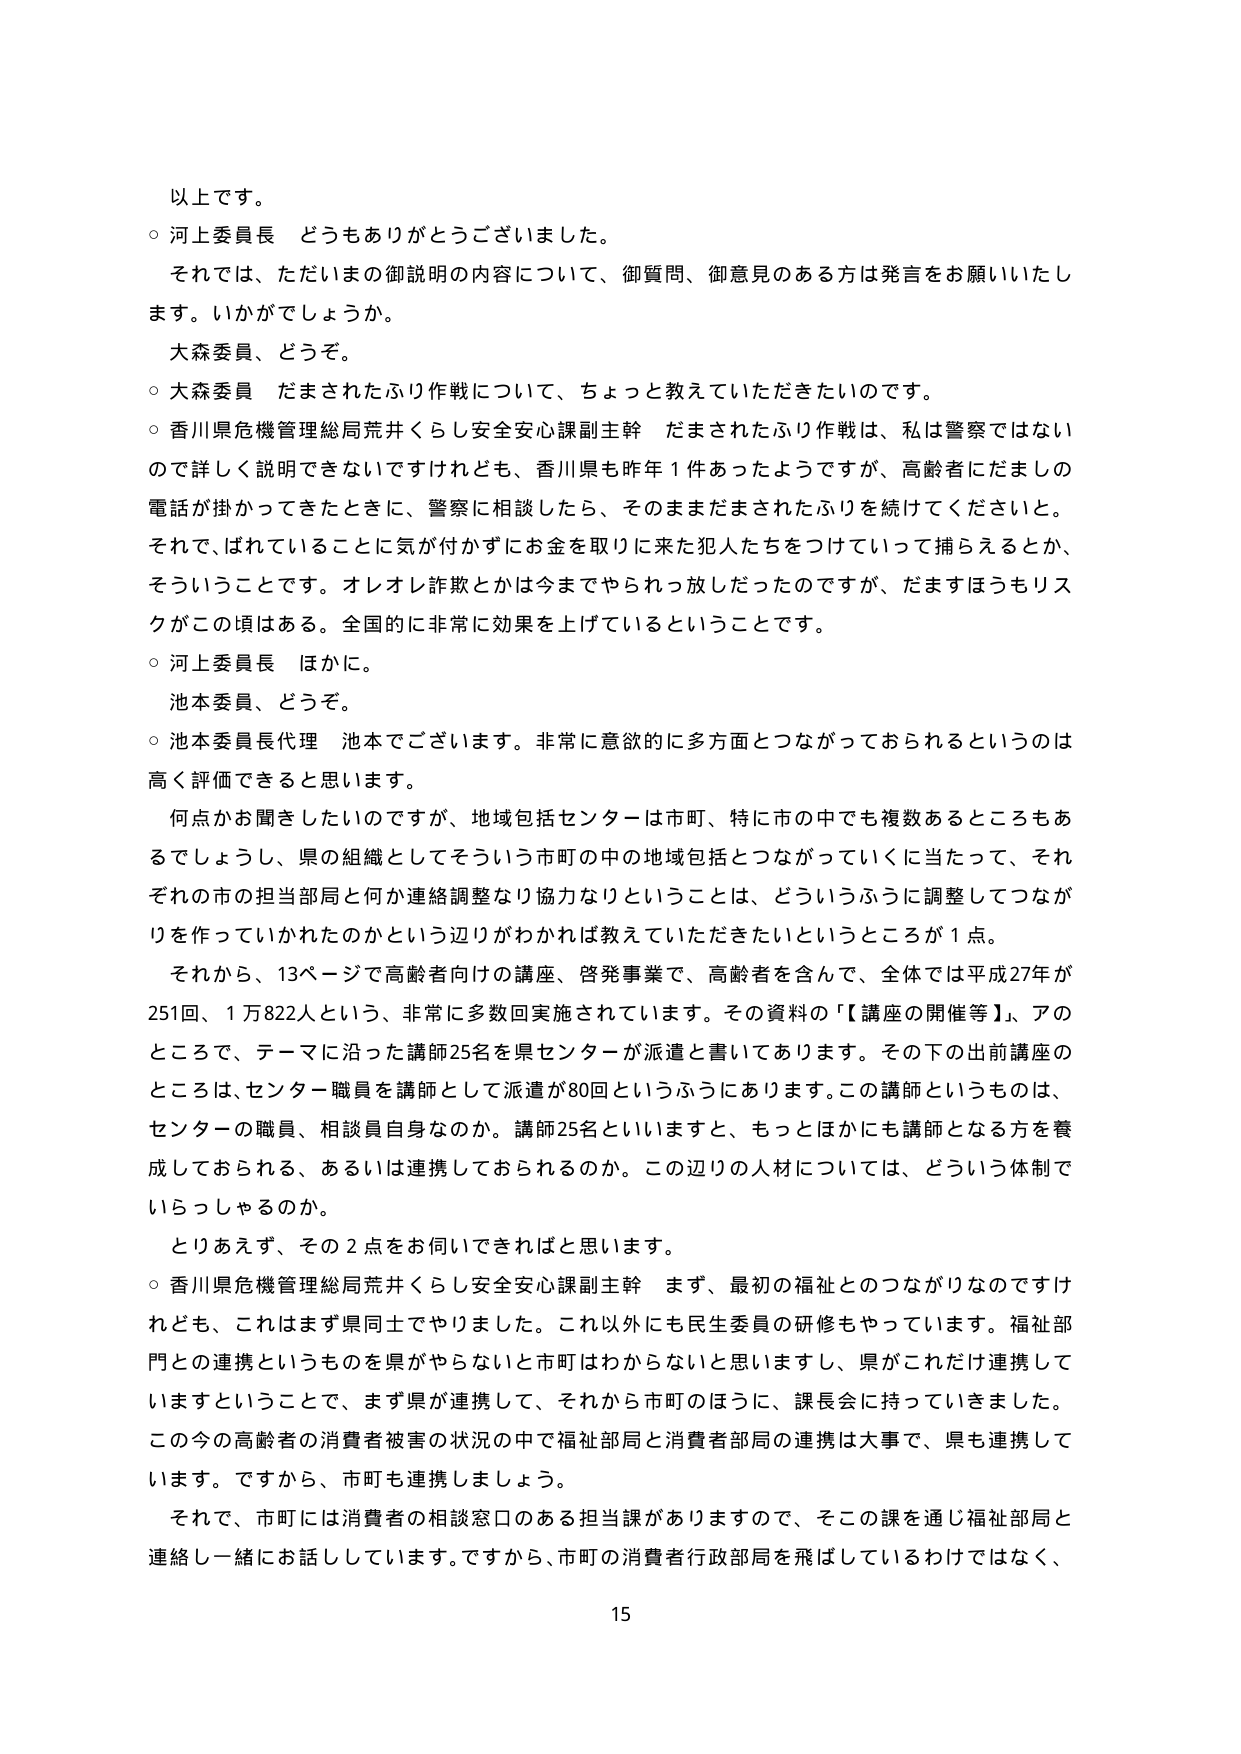
以上です。
○ 河上委員長 どうもありがとうございました。
　それでは、ただいまの御説明の内容について、御質問、御意見のある方は発言をお願いいたします。いかがでしょうか。
　大森委員、どうぞ。
○ 大森委員 だまされたふり作戦について、ちょっと教えていただきたいのです。
○ 香川県危機管理総局荒井くらし安全安心課副主幹 だまされたふり作戦は、私は警察ではないので詳しく説明できませんけれども、香川県も昨年１件あったようですが、高齢者にだましの電話が掛かってきたときに、警察に相談したら、そのままだまされたふりを続けてくださいと。それで、ばれていることに気付かずにお金を取りに来た犯人たちをつけていって捕らえるとか、そういうことです。オレオレ詐欺とかは今までやられっ放しだったのですが、だますほうもリスクがこの頃はある。全国的に非常に効果を上げているということです。
○ 河上委員長 ほかに。
　池本委員、どうぞ。
○ 池本委員長代理 池本でございます。非常に意欲的に多方面とつながっておられるというのは高く評価できると思います。
　何点かお聞きしたいのですが、地域包括センターは市町、特に市の中でも複数あるところもあるでしょうし、県の組織としてそういう市町の中の地域包括とつながっていくに当たって、それぞれの市の担当部局と何か連絡調整なり協力なりということは、どういうふうに調整してつながりを作っていかれたのかという辺りがわかれば教えていただきたいというところが１点。
　それから、13ページで高齢者向けの講座、啓発事業で、高齢者を含んで、全体では平成27年が251回、１万822人という、非常に多数回実施されています。その資料の【講座の開催等】、アのところで、テーマに沿った講師25名を県センターが派遣と書いてあります。その下の出前講座のところは、センター職員を講師として派遣が80回というふうにあります。この講師というものは、センターの職員、相談員自身なのか。講師25名といいますと、もっとほかにも講師となる方を養成しておられる、あるいは連携しておられるのか。この辺りの人材については、どういう体制でいらっしゃるのか。
　とりあえず、その２点をお伺いできればと思います。
○ 香川県危機管理総局荒井くらし安全安心課副主幹 まず、最初の福祉とのつながりなんですけれども、これはまず県同士でやりました。これ以外にも民生委員の研修もやっています。福祉部門との連携というものを県がやらないと市町はわからないと思いますし、県がこれだけ連携していますということで、まず県が連携して、それから市町のほうに、課長会に持っていきました。この今の高齢者の消費者被害の状況の中で福祉部局と消費者部局の連携は大事で、県も連携しています。ですから、市町も連携しましょう。
　それで、市町には消費者の相談窓口のある担当課がありますので、そこの課を通じ福祉部局と連絡し一緒にお話ししています。ですから、市町の消費者行政部局を飛ばしているわけではなく、
15